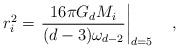
LaTeX: \begin{align*}r_i^2 = \left. {\frac{16\pi G_d M_i}{(d-3) \omega_{d-2}}}\right|_{d=5}\quad ,\end{align*}